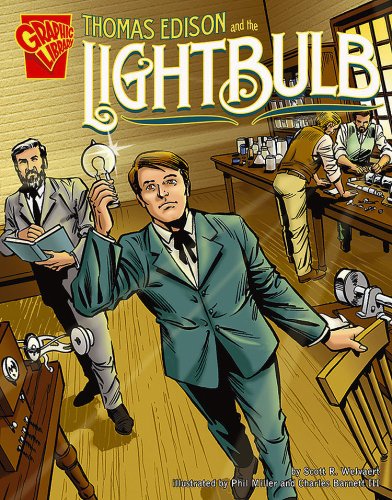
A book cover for Thomas Edison and the Lightbulb (Inventions and Discovery); Scott R. Welvaert; Children's Books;